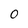
Character: 0